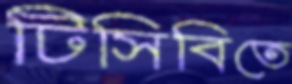
টিসিবিতে